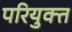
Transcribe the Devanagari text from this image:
परियुक्त